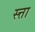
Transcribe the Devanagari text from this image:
स्त्ता